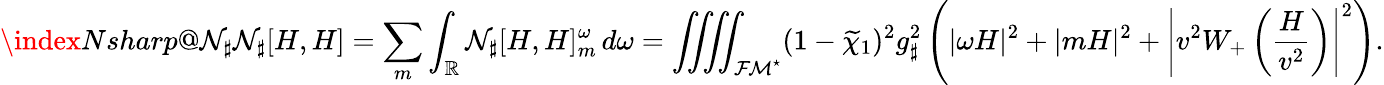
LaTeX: \index{Nsharp@\mathcal{N}_{\sharp}}\mathcal{N}_{\sharp}[H,H]=\sum_{m}\int_{\mathbb{R}}\mathcal{N}_{\sharp}[H,H]_{m}^{\omega}\, d\omega=\iiiint_{{\mathcal{FM}^{\star}}}(1-\widetilde{\chi}_{1})^{2}g_{\sharp}^{2}\left(|\omega H|^{2}+|mH|^{2}+\left|v^{2}W_{+}\left(\frac{H}{v^{2}}\right)\right|^{2}\right).